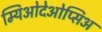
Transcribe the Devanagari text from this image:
म्यिओदेओप्सिअ